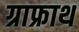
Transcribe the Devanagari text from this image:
ग्राफ्राथ